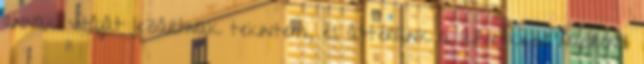
annak vitáját lezártnak tekintem, és áttérünk a következő napirendi